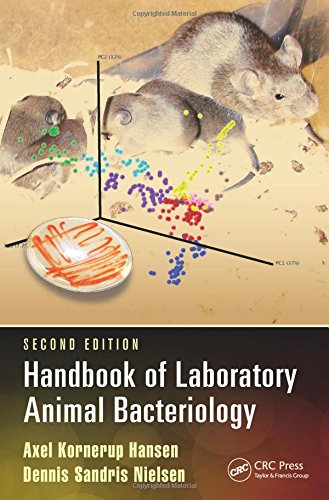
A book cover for Handbook of Laboratory Animal Bacteriology, Second Edition; Axel Kornerup Hansen; Medical Books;